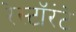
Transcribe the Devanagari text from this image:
रेस्टॉरंटे